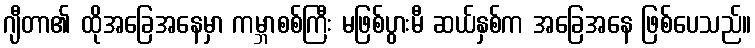
ဂျီတာ၏ ထိုအခြေအနေမှာ ကမ္ဘာစစ်ကြီး မဖြစ်ပွားမီ ဆယ်နှစ်က အခြေအနေ ဖြစ်ပေသည်။